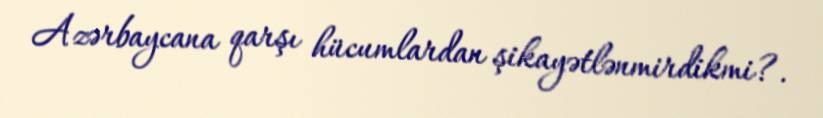
Azərbaycana qarşı hücumlardan şikayətlənmirdikmi?.